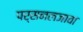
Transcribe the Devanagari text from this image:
पर्सनलजावा